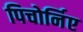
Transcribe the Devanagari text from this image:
पिचोर्निए